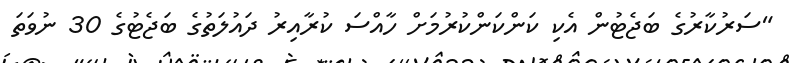
"ސަރުކާރުގެ ބަޖެޓުން އެކި ކަންކަންކުރުމަށް ހާއްސަ ކުރާއިރު ދައުލަތުގެ ބަޖެޓުގެ 30 ނުވަތަ